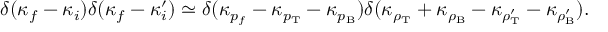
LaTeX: \delta ( \kappa _ { f } - \kappa _ { i } ) \delta ( \kappa _ { f } - \kappa _ { i } ^ { \prime } ) \simeq \delta ( \kappa _ { p _ { f } } - \kappa _ { p _ { \mathrm { T } } } - \kappa _ { p _ { \mathrm { B } } } ) \delta ( \kappa _ { \rho _ { \mathrm { T } } } + \kappa _ { \rho _ { \mathrm { B } } } - \kappa _ { \rho _ { \mathrm { T } } ^ { \prime } } - \kappa _ { \rho _ { \mathrm { B } } ^ { \prime } } ) .